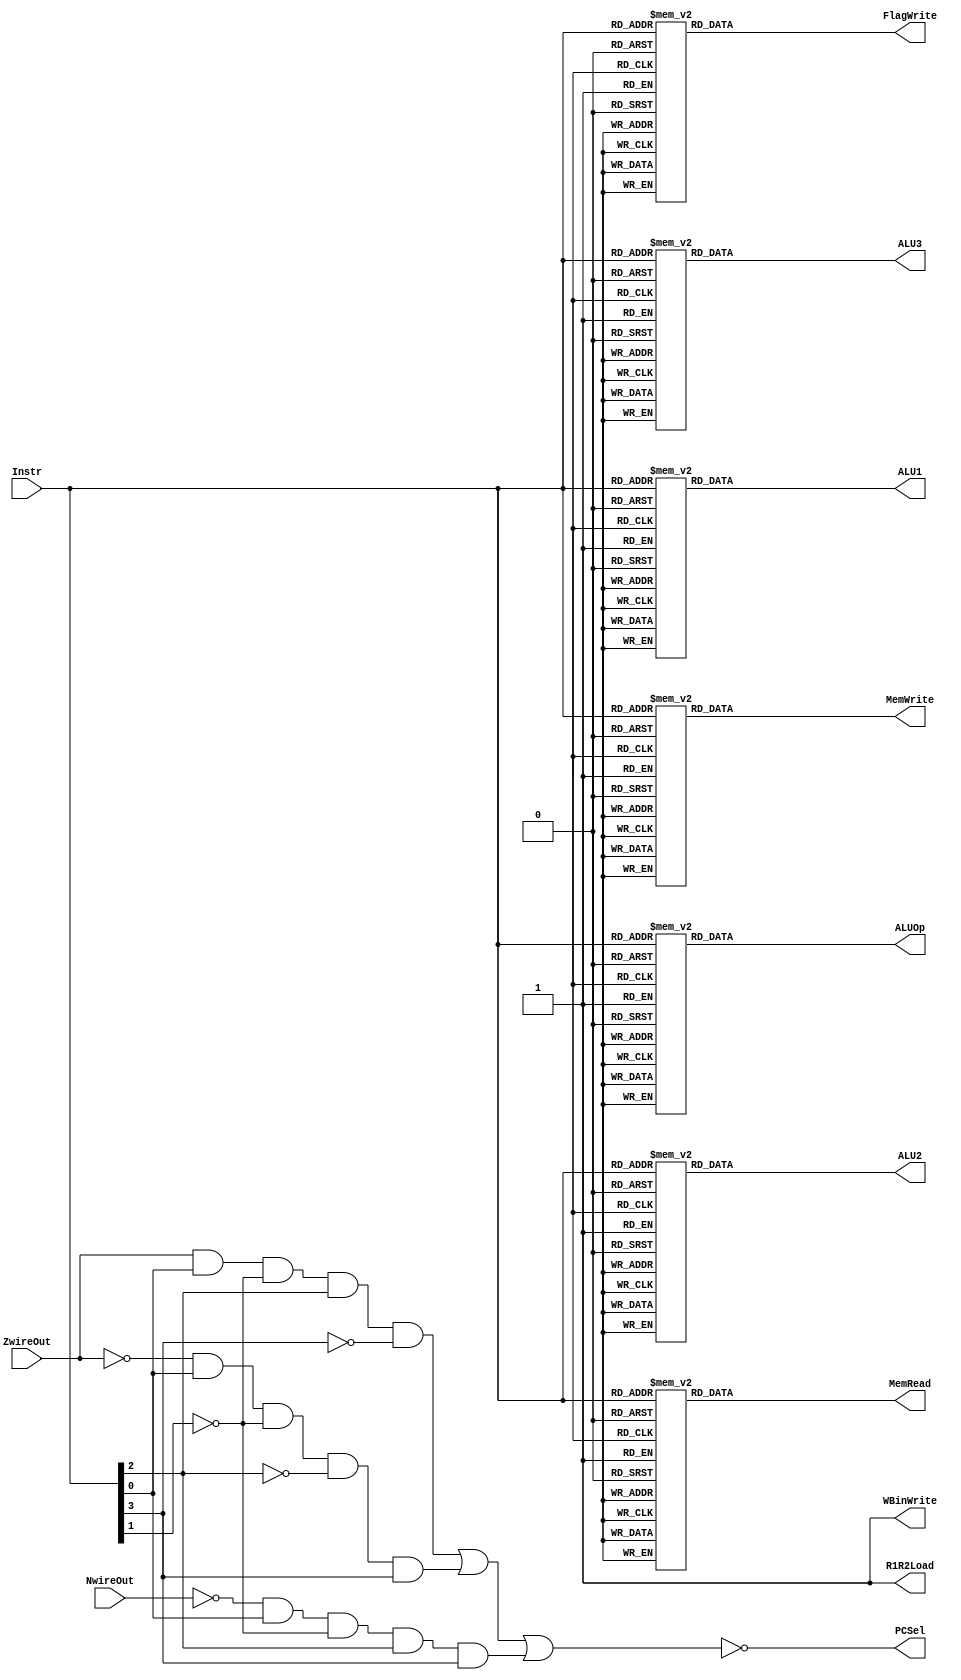
module Sequential_3(
	Instr,
	NwireOut,
	ZwireOut,
	ALU1,
	ALU2,
	ALUOp,
	MemRead,
	MemWrite,
	R1R2Load,
	PCSel,
	WBinWrite,
	ALU3,
	FlagWrite
);

	input	[3:0]Instr;
	input NwireOut,ZwireOut;
	output	ALU1,MemRead,MemWrite,R1R2Load,PCSel,WBinWrite,ALU3, FlagWrite;
	output [2:0] ALU2,ALUOp;
	reg	[2:0]ALU2,ALUOp;
	reg 	ALU1,ALU3,FlagWrite,MemWrite,MemRead;
	
	//MemWrite Assignment
	always @(*)
	begin
		case (Instr)
			4'b0000: MemWrite <= 1'b0;		//Load
			4'b0010: MemWrite <= 1'b1;		//Store
			4'b0100: MemWrite <= 1'b0;		//ADD
			4'b0110: MemWrite <= 1'b0;		//SUB
			4'b1000: MemWrite <= 1'b0;		//NAND
			4'b0111: MemWrite <= 1'b0;		//ORI
			4'b1111: MemWrite <= 1'b0;		//ORI
			4'b0011: MemWrite <= 1'b0;		//Shift
			4'b1011: MemWrite <= 1'b0;		//Shift
			4'b0101: MemWrite <= 1'b0;		//BZ
			4'b1001: MemWrite <= 1'b0;		//BNZ
			4'b1101: MemWrite <= 1'b0;		//BPZ
			4'b0001: MemWrite <= 1'b0;		//Stop
			4'b1010: MemWrite <= 1'b0;		//NOP
			default: MemWrite <= 1'b0;
		endcase
	end

	//MemRead Assignment
	always @(*)
	begin
		case (Instr)
			4'b0000: MemRead <= 1'b1;		//Load
			4'b0010: MemRead <= 1'b0;		//Store
			4'b0100: MemRead <= 1'b0;		//ADD
			4'b0110: MemRead <= 1'b0;		//SUB
			4'b1000: MemRead <= 1'b0;		//NAND
			4'b0111: MemRead <= 1'b0;		//ORI
			4'b1111: MemRead <= 1'b0;		//ORI
			4'b0011: MemRead <= 1'b0;		//Shift
			4'b1011: MemRead <= 1'b0;		//Shift
			4'b0101: MemRead <= 1'b0;		//BZ
			4'b1001: MemRead <= 1'b0;		//BNZ
			4'b1101: MemRead <= 1'b0;		//BPZ
			4'b0001: MemRead <= 1'b0;		//Stop
			4'b1010: MemRead <= 1'b0;		//NOP
			default: MemRead <= 1'b0;
		endcase
	end
	
	
	//ALU2 Assignment
	always @(*)
	begin
		case (Instr)
			4'b0000: ALU2 <= 3'b000;		//Load
			4'b0010: ALU2 <= 3'b000;		//Store
			4'b0100: ALU2 <= 3'b000;		//ADD
			4'b0110: ALU2 <= 3'b000;		//SUB
			4'b1000: ALU2 <= 3'b000;		//NAND
			4'b0111: ALU2 <= 3'b011;		//ORI
			4'b1111: ALU2 <= 3'b011;		//ORI
			4'b0011: ALU2 <= 3'b100;		//Shift
			4'b1011: ALU2 <= 3'b100;		//Shift
			4'b0101: ALU2 <= 3'b010;		//BZ
			4'b1001: ALU2 <= 3'b010;		//BNZ
			4'b1101: ALU2 <= 3'b010;		//BPZ
			4'b0001: ALU2 <= 3'b000;		//Stop
			4'b1010: ALU2 <= 3'b000;		//NOP
			default: ALU2 <= 3'b000;
		endcase
	end
	
	
	//ALUOp Assignment
	always @(*)
	begin
		case (Instr)
			4'b0000: ALUOp <= 3'b000;		//Load
			4'b0010: ALUOp <= 3'b000;		//Store
			4'b0100: ALUOp <= 3'b000;		//ADD
			4'b0110: ALUOp <= 3'b001;		//SUB
			4'b1000: ALUOp <= 3'b011;		//NAND
			4'b0111: ALUOp <= 3'b010;		//ORI
			4'b1111:	ALUOp <= 3'b010;		//ORI
			4'b0011: ALUOp <= 3'b100;		//Shift	
			4'b1011: ALUOp <= 3'b100;		//Shift
			4'b0101: ALUOp <= 3'b000;		//BZ
			4'b1001: ALUOp <= 3'b000;		//BNZ
			4'b1101: ALUOp <= 3'b000;		//BPZ
			4'b0001: ALUOp <= 3'b000;		//Stop
			4'b1010: ALUOp <= 3'b000;		//NOP
			default: ALUOp <= 3'b000;
		endcase
	end
	
	//ALU1 Assignment
	always @(*)
	begin
		case (Instr)
			4'b0000: ALU1 <= 1'b1;		//Load
			4'b0010: ALU1 <= 1'b1;		//Store
			4'b0100: ALU1 <= 1'b1;		//ADD
			4'b0110: ALU1 <= 1'b1;		//SUB
			4'b1000: ALU1 <= 1'b1;		//NAND
			4'b0111: ALU1 <= 1'b1;		//ORI
			4'b1111: ALU1 <= 1'b1;		//ORI
			4'b0011: ALU1 <= 1'b1;		//Shift	
			4'b1011:	ALU1 <= 1'b1;		//Shift	
			4'b0101: ALU1 <= 1'b0;		//BZ
			4'b1001: ALU1 <= 1'b0;		//BNZ
			4'b1101: ALU1 <= 1'b0;		//BPZ
			4'b0001: ALU1 <= 1'b1;		//Stop
			4'b1010: ALU1 <= 1'b1;		//NOP
			default: ALU1 <= 1'b1;
		endcase
	end

	//ALU3 Assignment
	always @(*)
	begin
		case (Instr)
			4'b0000: ALU3 <= 1'b1;		//Load
			4'b0010: ALU3 <= 1'b0;		//Store
			4'b0100: ALU3 <= 1'b0;		//ADD
			4'b0110: ALU3 <= 1'b0;		//SUB
			4'b1000: ALU3 <= 1'b0;		//NAND
			4'b0111: ALU3 <= 1'b0;		//ORI
			4'b1111:	ALU3 <= 1'b0;		//ORI
			4'b0011: ALU3 <= 1'b0;		//Shift	
			4'b1011:	ALU3 <= 1'b0;		//Shift
			4'b0101: ALU3 <= 1'b0;		//BZ
			4'b1001: ALU3 <= 1'b0;		//BNZ
			4'b1101: ALU3 <= 1'b0;		//BPZ
			4'b0001: ALU3 <= 1'b0;		//Stop
			4'b1010: ALU3 <= 1'b0;		//NOP
			default: ALU3 <= 1'b0;
		endcase
	end
	
	//FlagWrite Assignment
	always @(*)
	begin
		case (Instr)
			4'b0000: FlagWrite <= 1'b0;		//Load
			4'b0010: FlagWrite <= 1'b0;		//Store
			4'b0100: FlagWrite <= 1'b1;		//ADD
			4'b0110: FlagWrite <= 1'b1;		//SUB
			4'b1000: FlagWrite <= 1'b1;		//NAND
			4'b0111: FlagWrite <= 1'b1;		//ORI
			4'b1111:	FlagWrite <= 1'b1;		//ORI
			4'b0011: FlagWrite <= 1'b1;		//Shift
			4'b1011: FlagWrite <= 1'b1;		//Shift
			4'b0101: FlagWrite <= 1'b0;		//BZ
			4'b1001: FlagWrite <= 1'b0;		//BNZ
			4'b1101: FlagWrite <= 1'b0;		//BPZ
			4'b0001: FlagWrite <= 1'b0;		//Stop
			4'b1010: FlagWrite <= 1'b0;		//NOP
			default: FlagWrite <= 1'b0;
		endcase
	end
			
					 
assign	R1R2Load = 1'b1;
assign	WBinWrite = 1'b1;

assign	PCSel = ~((ZwireOut & Instr[0] & ~Instr[1] & Instr[2] & ~Instr[3]) | 
						(~ZwireOut & Instr[0] & ~Instr[1] & ~Instr[2] & Instr[3]) | 
						(~NwireOut & Instr[0] & ~Instr[1] & Instr[2] & Instr[3]));

endmodule